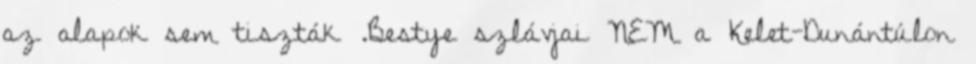
az alapok sem tiszták .Bestye szlávjai NEM a Kelet-Dunántúlon